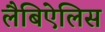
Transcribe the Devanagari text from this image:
लैबिऐलिस